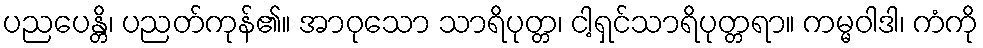
ပညပေန္တိ၊ ပညတ်ကုန်၏။ အာဝုသော သာရိပုတ္တ၊ ငါ့ရှင်သာရိပုတ္တရာ။ ကမ္မဝါဒါ၊ ကံကို